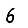
Digit: 6